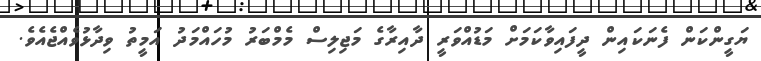
ޔަގީންކަން ފެނަކައިން ދީފައިވާކަމަށް މަޑުއްވަރީ ދާއިރާގެ މަޖިލިސް މެމްބަރު މުހައްމަދު އަމީތު ވިދާޅުވެއްޖެއެވެ.